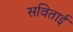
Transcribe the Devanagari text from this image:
सविताई